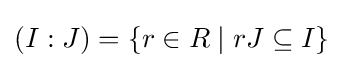
(I:J)=\{r\in R\mid rJ\subseteq I\}